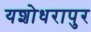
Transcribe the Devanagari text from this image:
यशोधरापुर